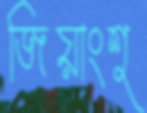
জিয়াংশু